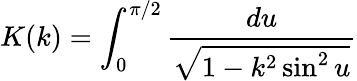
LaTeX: K(k)=\int_{0}^{\pi/2}\frac{du}{\sqrt{1-k^{2}\sin^{2}u}}